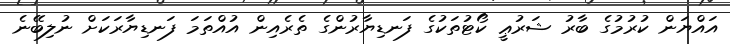
އައްޔަން ކުރުމުގެ ބާރު ޝަރުޢީ ކޯޓުތަކުގެ ފަނޑިޔާރުންގެ ތެރެއިން އުއްތަމަ ފަނޑިޔާރަކަށް ނުލިބޭނެ